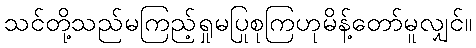
သင်တို့သည်မကြည့်ရှုမပြုစုကြဟုမိန့်တော်မူလျှင်။